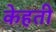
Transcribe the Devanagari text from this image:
केहती